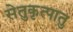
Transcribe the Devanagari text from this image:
सेतुकृत्पातु